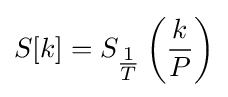
S[k]=S_{\tfrac {1}{T}}\left({\frac {k}{P}}\right)